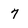
Character: 7